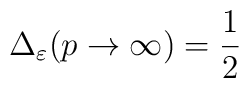
\Delta_{\varepsilon}(p\rightarrow\infty)=\frac{1}{2}